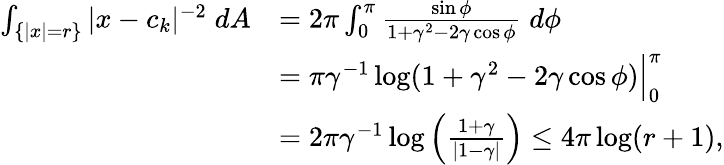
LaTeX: \begin{array}{rl}{\int_{\{ |x|=r\} }|x-c_{k}|^{-2}\; dA}&{=2\pi\int_{0}^{\pi}\frac{\sin\phi}{1+\gamma^{2}-2\gamma\cos\phi}\; d\phi}\\ &{=\pi\gamma^{-1}\log(1+\gamma^{2}-2\gamma\cos\phi)\Big|_{0}^{\pi}}\\ &{=2\pi\gamma^{-1}\log\left(\frac{1+\gamma}{|1-\gamma|}\right)\leq 4\pi\log(r+1),}\end{array}